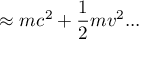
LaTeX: \approx m c ^ { 2 } + { \frac { 1 } { 2 } } m v ^ { 2 } . . .